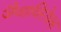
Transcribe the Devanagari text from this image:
जैवाविरोधक